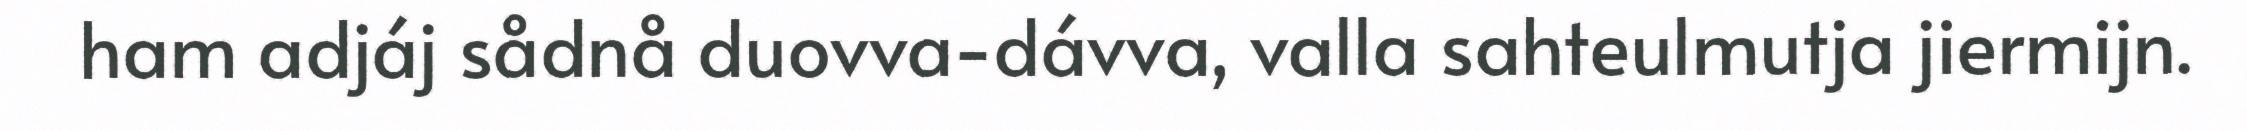
ham adjáj sådnå duovva-dávva, valla sahteulmutja jiermijn.